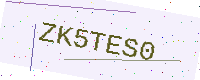
Text: ZK5TES0